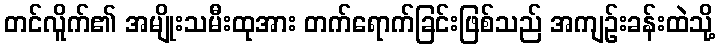
တင်လိူက်၏ အမျိုးသမီးထုအား တက်ရောက်ခြင်းဖြစ်သည် အကျဉ်းခန်းထဲသို့